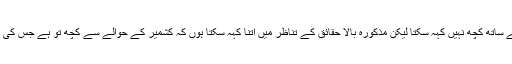
میں قطعیت کے ساتھ کچھ نہیں کہہ سکتا لیکن مذکورہ بالا حقائق کے تناظر میں اتنا کہہ سکتا ہوں کہ کشمیر کے حوالے سے کچھ تو ہے جس کی پردہ داری ہے۔